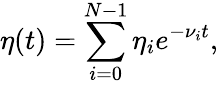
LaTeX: \eta(t)=\sum_{i=0}^{N-1}\eta_{i}e^{-\nu_{i}t},